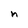
Character: n